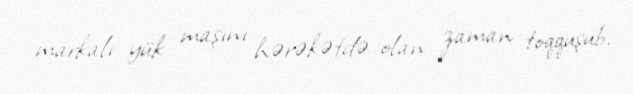
markalı yük maşını hərəkətdə olan zaman toqquşub.